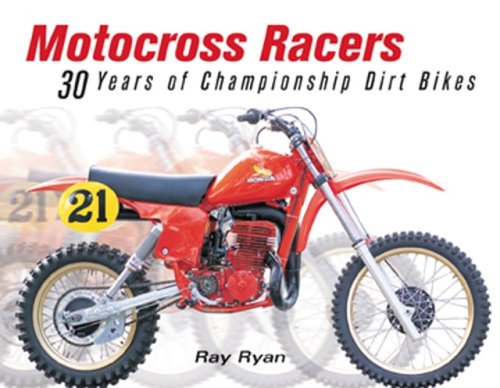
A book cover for Motocross Racers: 30 Years of Legendary Dirt Bikes; Ray Ryan; Sports & Outdoors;